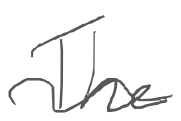
Text: The
Cross-out: mix
Writing tool: digital_gray